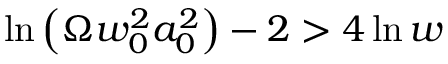
\ln \left( \Omega w _ { 0 } ^ { 2 } a _ { 0 } ^ { 2 } \right) - 2 > 4 \ln w